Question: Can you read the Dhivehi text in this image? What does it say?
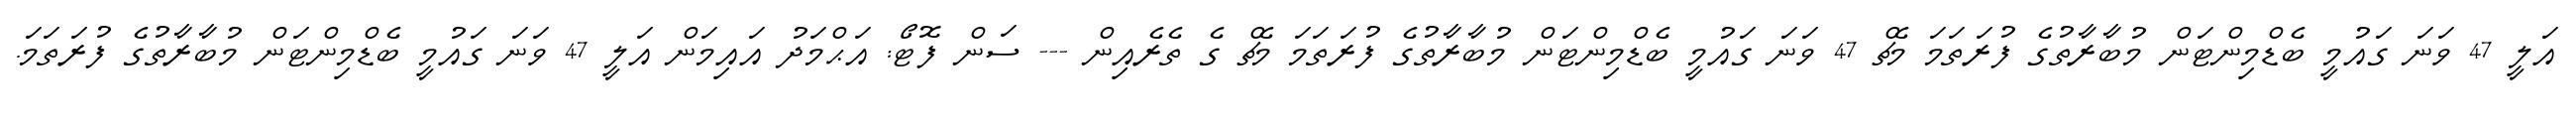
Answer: އަލީ 47 ވަނަ ގައުމީ ބެޑްމިންޓަން މުބާރާތުގެ ފުރަތަމަ މެޗް 47 ވަނަ ގައުމީ ބެޑްމިންޓަން މުބާރާތުގެ ފުރަތަމަ މެޗް ގެ ތެރެއިން --- ސަން ފޮޓޯ: އަޙްމަދު އައިމަން އަލީ 47 ވަނަ ގައުމީ ބެޑްމިންޓަން މުބާރާތުގެ ފުރަތަމަ.